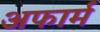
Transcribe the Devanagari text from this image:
अफार्म